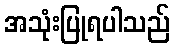
အသုံးပြုရပါသည်